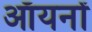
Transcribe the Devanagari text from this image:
ऑयनों